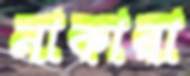
নাকারা